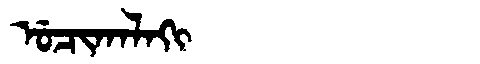
Manchu: ᡠᠴᡳᡴᠠᠯᠠᡴᡳ
Romanization: UCIKALAKI